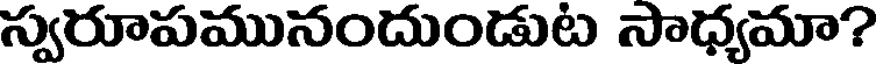
స్వరూపమునందుండుట సాధ్యమా?